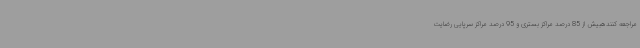
مراجعه کنندهبیش از 85 درصد مراکز بستری و 95 درصد مراکز سرپایی رضایت